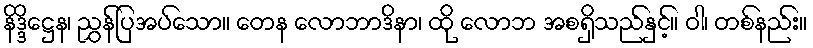
နိဒ္ဒိဋ္ဌေန၊ ညွှန်ပြအပ်သော။ တေန လောဘာဒိနာ၊ ထို လောဘ အစရှိသည်နှင့်။ ဝါ၊ တစ်နည်း။